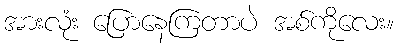
အားလုံး ပြောနေကြတာပဲ အစ်ကိုလေး။